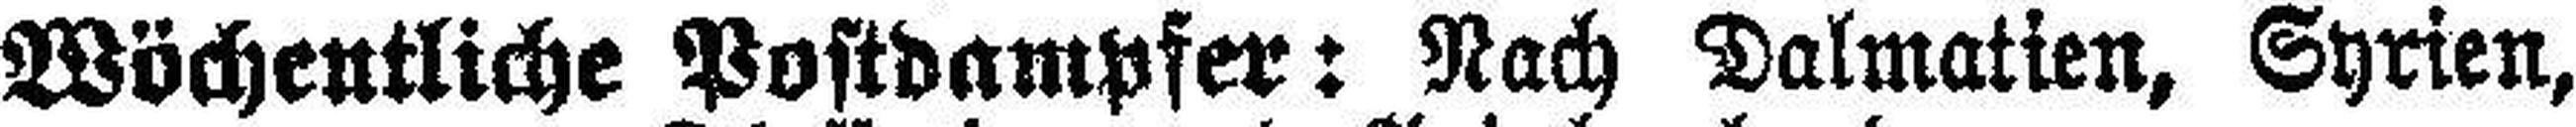
Wöchentliche Postdampfer: Nach Dalmatien, Syrien,